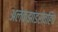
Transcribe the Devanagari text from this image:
अलेक्झांडरोव्हिच